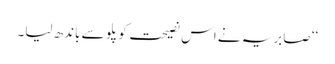
‘‘ صابریہ نے اس نصیحت کو پلو سے باندھ لیا۔